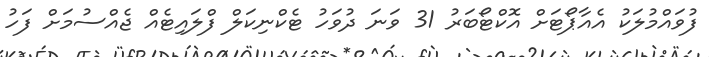
ފުވައްމުލަކު އެއާޕޯޓަށް އޮކްޓޯބަރު 31 ވަނަ ދުވަހު ޓެކްނިކަލް ފްލައިޓެއް ޖެއްސުމަށް ފަހު